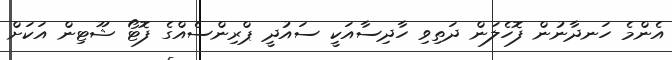
އެންމެ ހަނދާނުން ފޮހެލަން ދަތިވި ހާދިސާއަކީ ސައުދީ ޕްރިންސެއްގެ ފޮޓޯ ޝޫޓިން އަކަށް